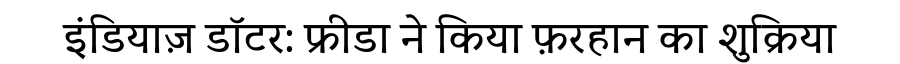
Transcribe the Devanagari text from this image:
इंडियाज़ डॉटर: फ्रीडा ने किया फ़रहान का शुक्रिया